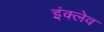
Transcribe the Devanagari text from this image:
इंक्लेव